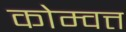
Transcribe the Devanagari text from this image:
कोम्वत्त